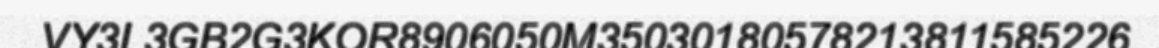
VY3L3GB2G3KOR8906050M35030180578213811585226